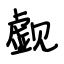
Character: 觑